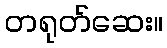
တရုတ်ဆေး။